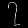
Digit: ၇